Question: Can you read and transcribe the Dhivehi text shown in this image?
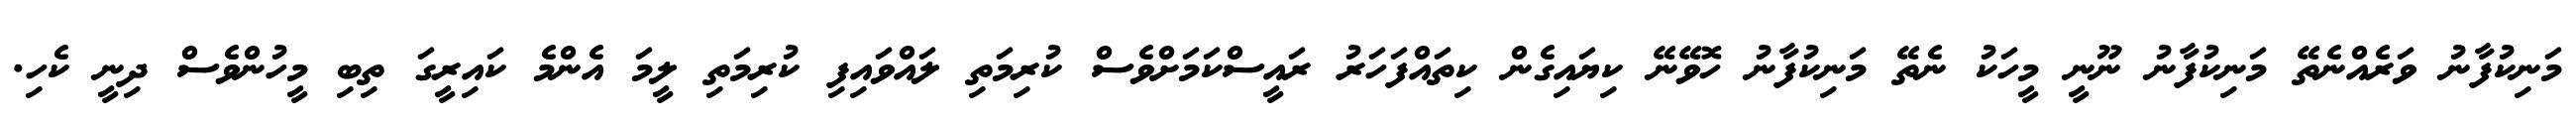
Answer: މަނިކުފާނު ވަރެއްނެތޭ މަނިކުފާނު ނޫނީ މީހަކު ނެތޭ މަނިކުފާނު ހޮވޭނޭ ކިޔައިގެން ކިތައްފަހަރު ރައީސްކަމަށްވެސް ކުރިމަތި ލައްވައިފި ކުރިމަތި ލީމަ އެންމެ ކައިރީގަ ތިބި މީހުންވެސް ދިނީ ކެހި.